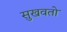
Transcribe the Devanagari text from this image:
सुखवतो